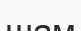
шам